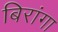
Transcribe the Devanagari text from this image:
बिरांगा